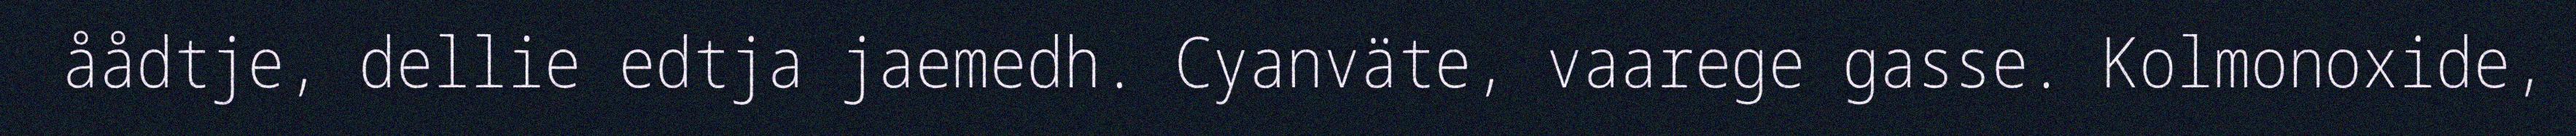
åådtje, dellie edtja jaemedh. Cyanväte, vaarege gasse. Kolmonoxide,